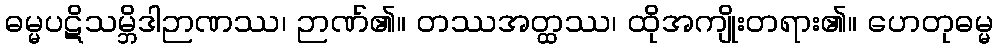
ဓမ္မပဋိသမ္ဘိဒါဉာဏဿ၊ ဉာဏ်၏။ တဿအတ္ထဿ၊ ထိုအကျိုးတရား၏။ ဟေတုဓမ္မ